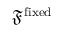
\mathfrak { F } ^ { \mathrm { f i x e d } }